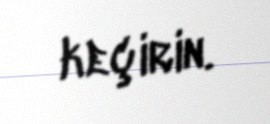
keçirin.